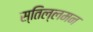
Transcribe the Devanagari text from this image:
स्तिल्लमन